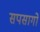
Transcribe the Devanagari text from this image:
सपसागो